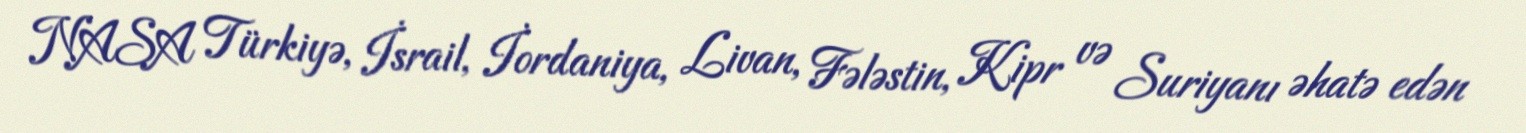
NASA Türkiyə, İsrail, İordaniya, Livan, Fələstin, Kipr və Suriyanı əhatə edən